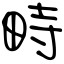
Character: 畤